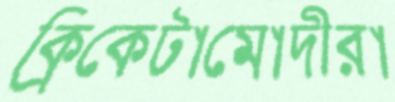
ক্রিকেটামোদীরা